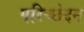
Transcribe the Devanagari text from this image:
परिच्छेदन